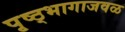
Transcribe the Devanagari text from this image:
पृष्ठ्भागाजवळ